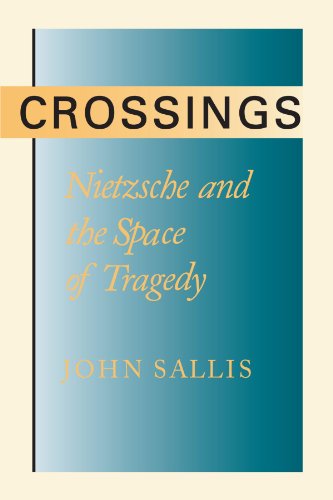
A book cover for Crossings: Nietzsche and the Space of Tragedy; John Sallis; Literature & Fiction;